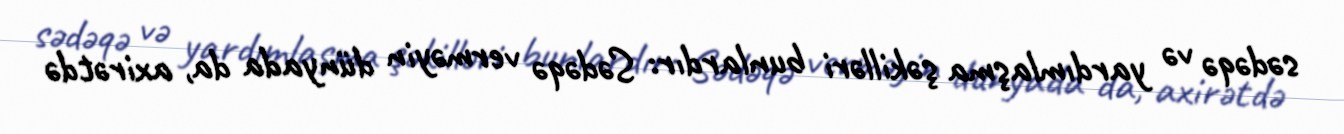
sədəqə və yardımlaşma şəkilləri bunlardır: Sədəqə verməyin dünyada da, axirətdə